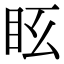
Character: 𥄆